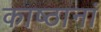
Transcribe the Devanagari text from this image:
काष्ठानां